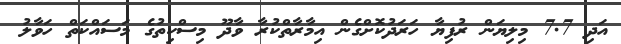
އަދި 7.7 މިލިޔަން ރުފިޔާ ހަރަދުކޮށްގެން އިމާރާތްކުރާ ވާދޫ މިސްކިތުގެ މަސައްކަތް ހަވާލު